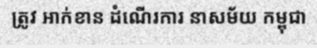
ត្រូវ អាក់ខាន ដំណើរការ នាសម័យ កម្ពុជា